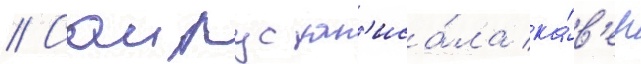
// Саирус зап'иса́ла ка́в'ер